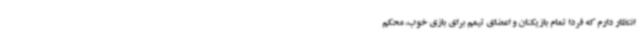
انتظار دارم که فردا تمام بازیکنان و اعضای تیمم برای بازی خوب، محکم